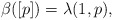
\begin{align*} \beta([p])=\lambda(1,p),\end{align*}